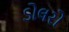
ડોલરો